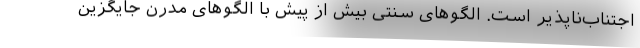
اجتناب‌ناپذیر است. الگوهای سنتی بیش از پیش با الگوهای مدرن جایگزین